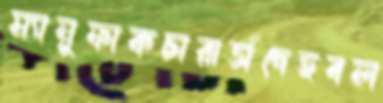
ম্যানুফাকচারার্সদেহবল